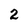
Character: 2